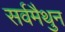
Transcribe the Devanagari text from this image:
सर्वमैथुन